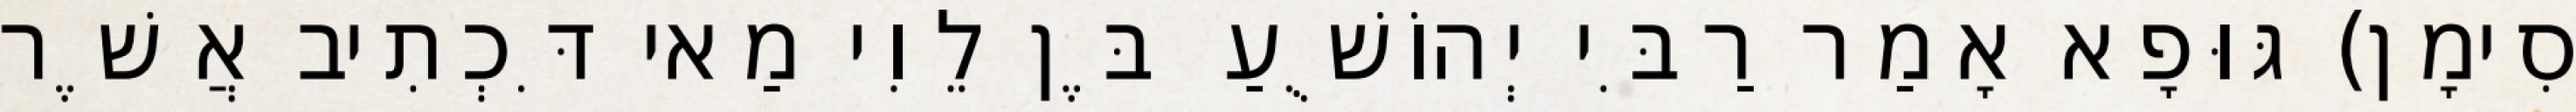
סִימָן) גּוּפָא אָמַר רַבִּי יְהוֹשֻׁעַ בֶּן לֵוִי מַאי דִּכְתִיב אֲשֶׁר